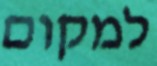
למקום